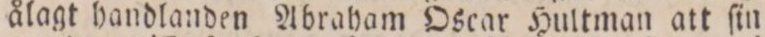
ålagt handlanden Abraham Oscar Hultman att ſin